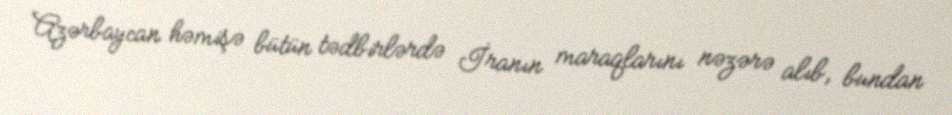
Azərbaycan həmişə bütün tədbirlərdə İranın maraqlarını nəzərə alıb, bundan